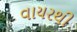
વાયરથી